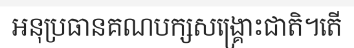
អនុប្រធានគណបក្សសង្គ្រោះជាតិ។តើ